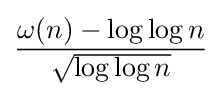
{\frac {\omega (n)-\log \log n}{\sqrt {\log \log n}}}